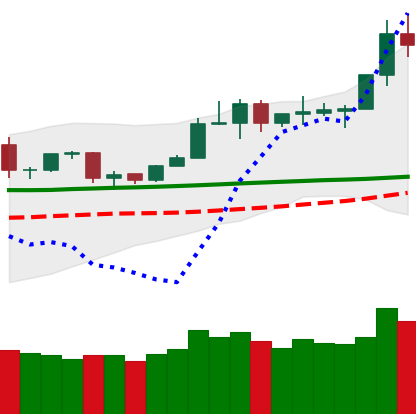
Ticker: TRX-USD
Chart end date: 2020-02-07
Forward return: 8.857%
Label: up_7plus